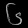
Digit: ၆